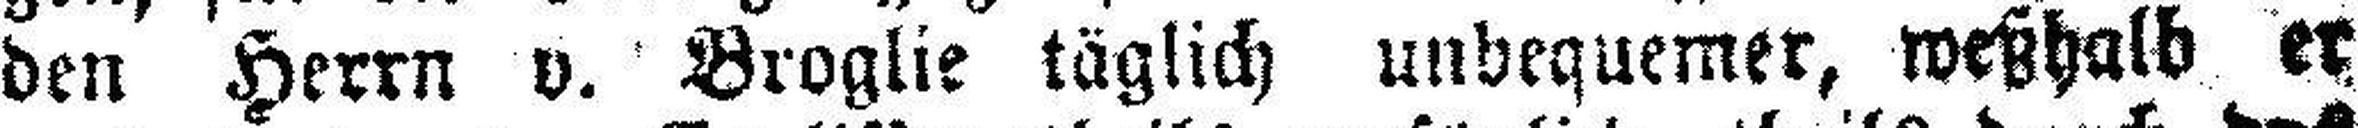
den Herrn v. Broglie täglich unbequemer, weßhalb er